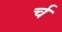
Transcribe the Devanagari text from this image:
र्च